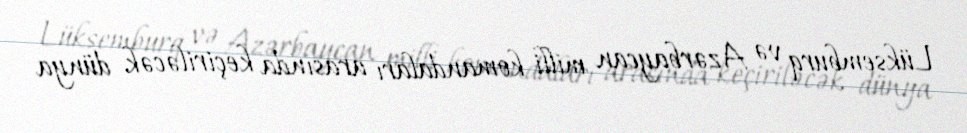
Lüksemburq və Azərbaycan milli komandaları arasında keçiriləcək dünya